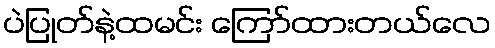
ပဲပြုတ်နဲ့ထမင်း ကြော်ထားတယ်လေ